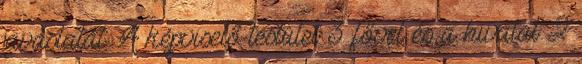
javaslatát. A képviselő-testület 3 fővel és a hivatal 2